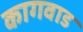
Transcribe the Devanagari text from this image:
कागवाड